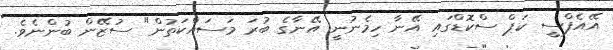
އޭއެފްސީ ކަޕް ސްކޮޑްގައި އޭނާ ހިމެނުނީ އޭނާގެ ބުރަ މަސައްކަތުން" ސުޒޭން ބުންނެވެ.